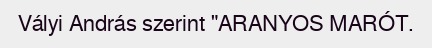
Vályi András szerint "ARANYOS MARÓT.